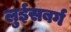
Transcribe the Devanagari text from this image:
लुईसबर्ग